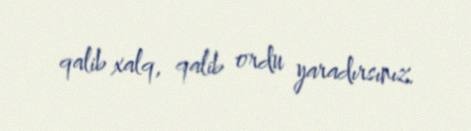
qalib xalq, qalib ordu yaradırsınız.